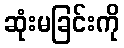
ဆုံးမခြင်းကို